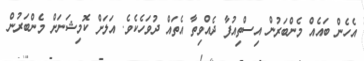
އެހެން ބައެއް މެންބަރުން އިސްތިއުފާ ދެއްވިތާ އެތައް ދުވަހެކެވެ. އަލަށް ކޮމިޝަނަށް މެންބަރުން